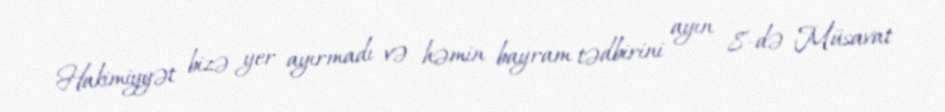
Hakimiyyət bizə yer ayırmadı və həmin bayram tədbirini ayın 8-də Müsavat